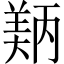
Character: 𬙵